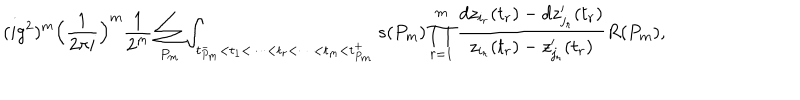
( i g ^ { 2 } ) ^ { m } \Big ( { \frac { 1 } { 2 \pi i } } \Big ) ^ { m } { \frac { 1 } { 2 ^ { m } } } \sum _ { P _ { m } } \int _ { t _ { P _ { m } } ^ { - } < t _ { 1 } < \dots < t _ { r } < \dots < t _ { m } < t _ { P _ { m } } ^ { + } } { \hspace { - 1 c m } } s ( P _ { m } ) \prod _ { r = 1 } ^ { m } { \frac { d z _ { i _ { r } } ( t _ { r } ) - d z _ { j _ { r } } ^ { \prime } ( t _ { r } ) } { z _ { i _ { r } } ( t _ { r } ) - z _ { j _ { r } } ^ { \prime } ( t _ { r } ) } } R ( P _ { m } ) ,